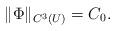
LaTeX: \begin{align*}\Vert\Phi\Vert_{C^3(U)}=C_0.\end{align*}